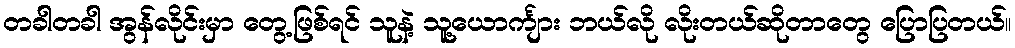
တခါတခါ အွန်လိုင်းမှာ တွေ့ဖြစ်ရင် သူနဲ့ သူ့ယောင်္ကျား ဘယ်လို လိုးတယ်ဆိုတာတွေ ပြောပြတယ်။